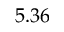
5 . 3 6